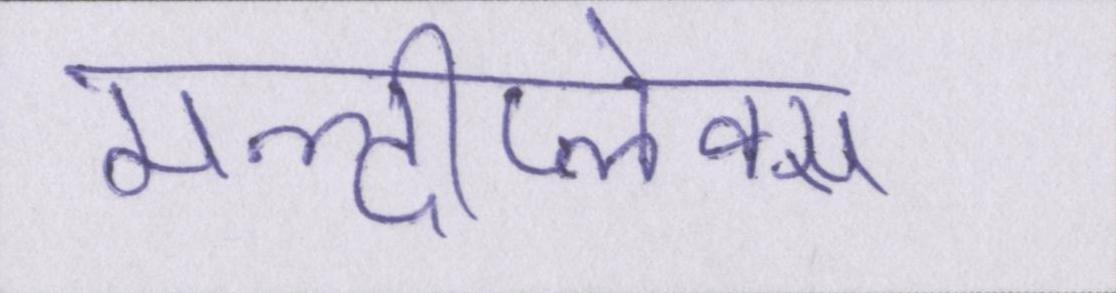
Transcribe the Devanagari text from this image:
मल्टीप्लेक्स